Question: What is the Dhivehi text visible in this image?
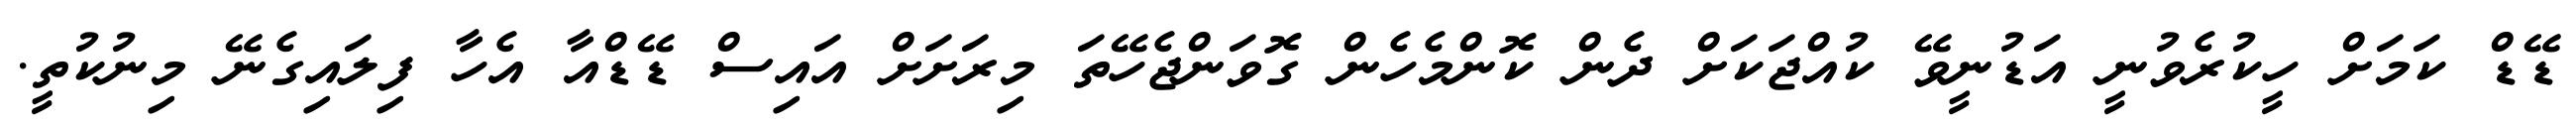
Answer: ޑޭޑް ކަމަށް ހީކުރެވުނީ އަޑުނީވޭ ކުއްޖަކަށް ދެން ކޮންމެހެން ގޮވަންޖެހޭތަ މިރަށަށް އައިސް ޑޭޑްއާ އެހާ ފިލައިގެނޭ މިނުކުތީ.